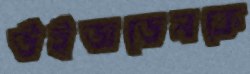
উইজডেনকে